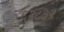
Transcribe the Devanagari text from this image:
६२८३२